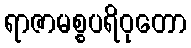
ရာဇာမစ္စပရိဝုတော